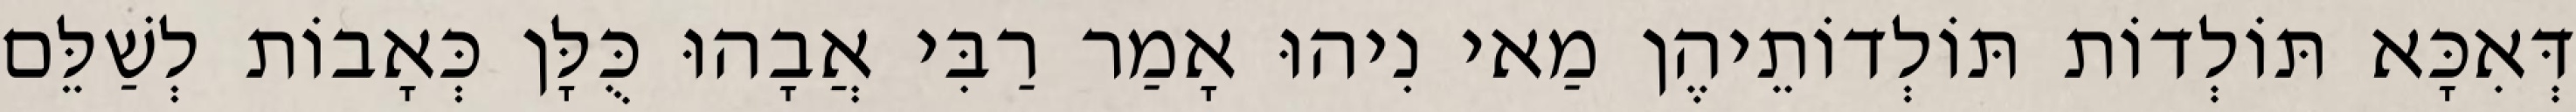
דְּאִכָּא תּוֹלְדוֹת תּוֹלְדוֹתֵיהֶן מַאי נִיהוּ אָמַר רַבִּי אֲבָהוּ כֻּלָּן כְּאָבוֹת לְשַׁלֵּם